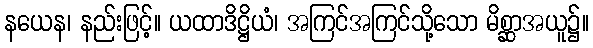
နယေန၊ နည်းဖြင့်။ ယထာဒိဋ္ဌိယံ၊ အကြင်အကြင်သို့သော မိစ္ဆာအယူ၌။